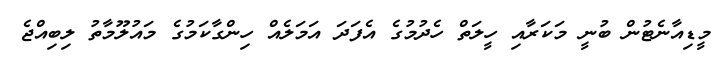
މީޑިއާނެޓުން ބުނީ މަކަރާއި ހީލަތް ހެދުމުގެ އެފަދަ އަމަލެއް ހިންގާކަމުގެ މައުލޫމާތު ލިބިއްޖެ